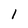
Character: 1